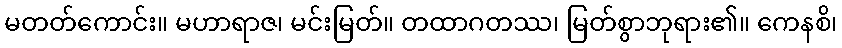
မတတ်ကောင်း။ မဟာရာဇ၊ မင်းမြတ်။ တထာဂတဿ၊ မြတ်စွာဘုရား၏။ ကေနစိ၊